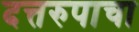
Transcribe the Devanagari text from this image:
दत्तरुपाचा